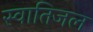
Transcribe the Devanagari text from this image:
स्वातिजल